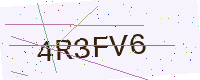
Text: 4R3FV6